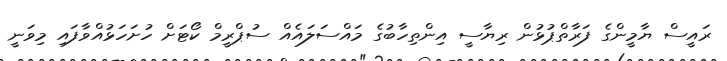
ރައީސް ޔާމީންގެ ފަރާތްޕުޅުން ރިޔާސީ އިންތިހާބުގެ މައްސަލައެއް ސުޕްރީމް ކޯޓަށް ހުށަހަޅުއްވާފައި މިވަނީ